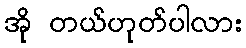
အို တယ်ဟုတ်ပါလား